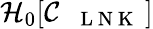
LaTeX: \mathcal{H}_{0}[\mathcal{C}_{\mathrm{~\texttt~{~L~N~K~}~}}]